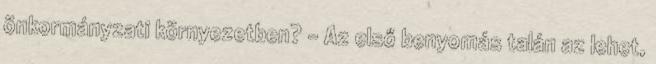
önkormányzati környezetben? – Az első benyomás talán az lehet,